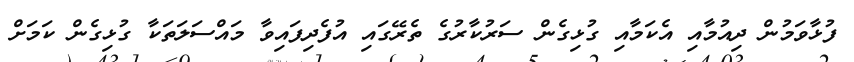
ފުޅާވަމުން ދިއުމާއި އެކަމާއި ގުޅިގެން ސަރުކާރުގެ ތެރޭގައި އުފެދިފައިވާ މައްސަލަތަކާ ގުޅިގެން ކަމަށް